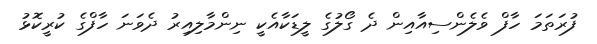
ފުރަތަމަ ހާފް ވެލެންސިއާއިން ދެ ގޯލުގެ ލީޑަކާއެކީ ނިންމާލިއިރު ދެވަނަ ހާފްގެ ކުރީކޮޅު